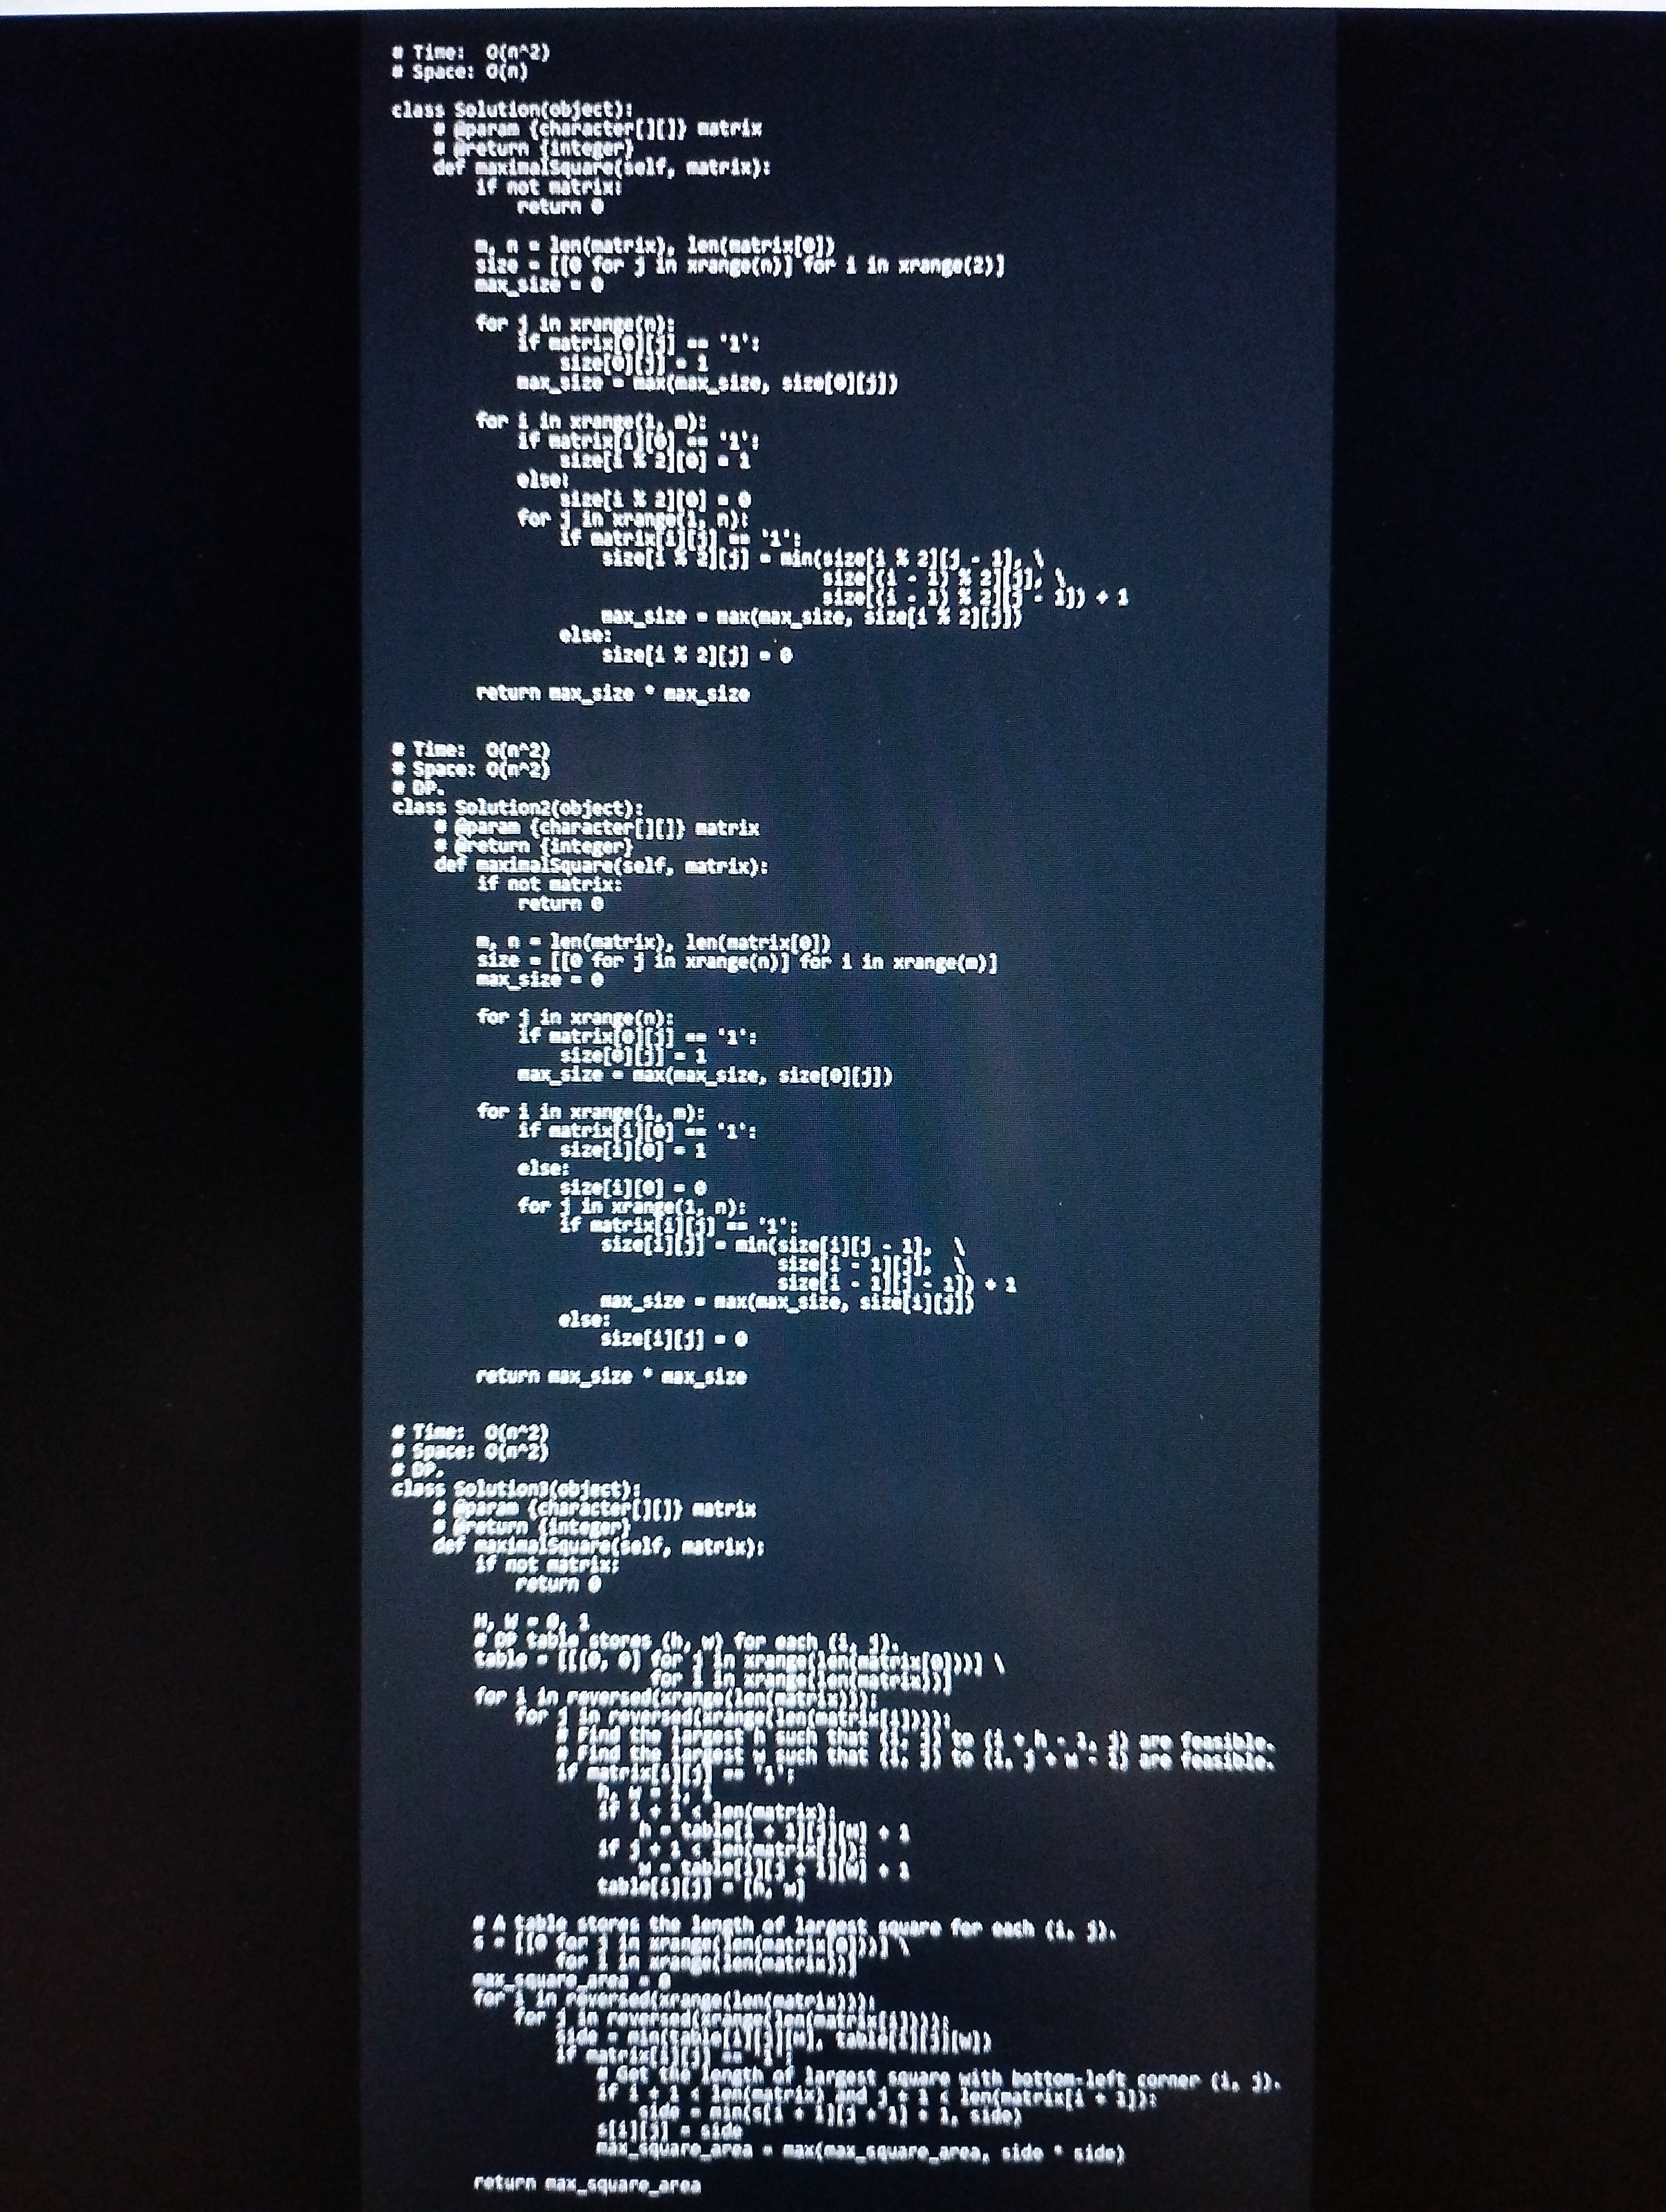
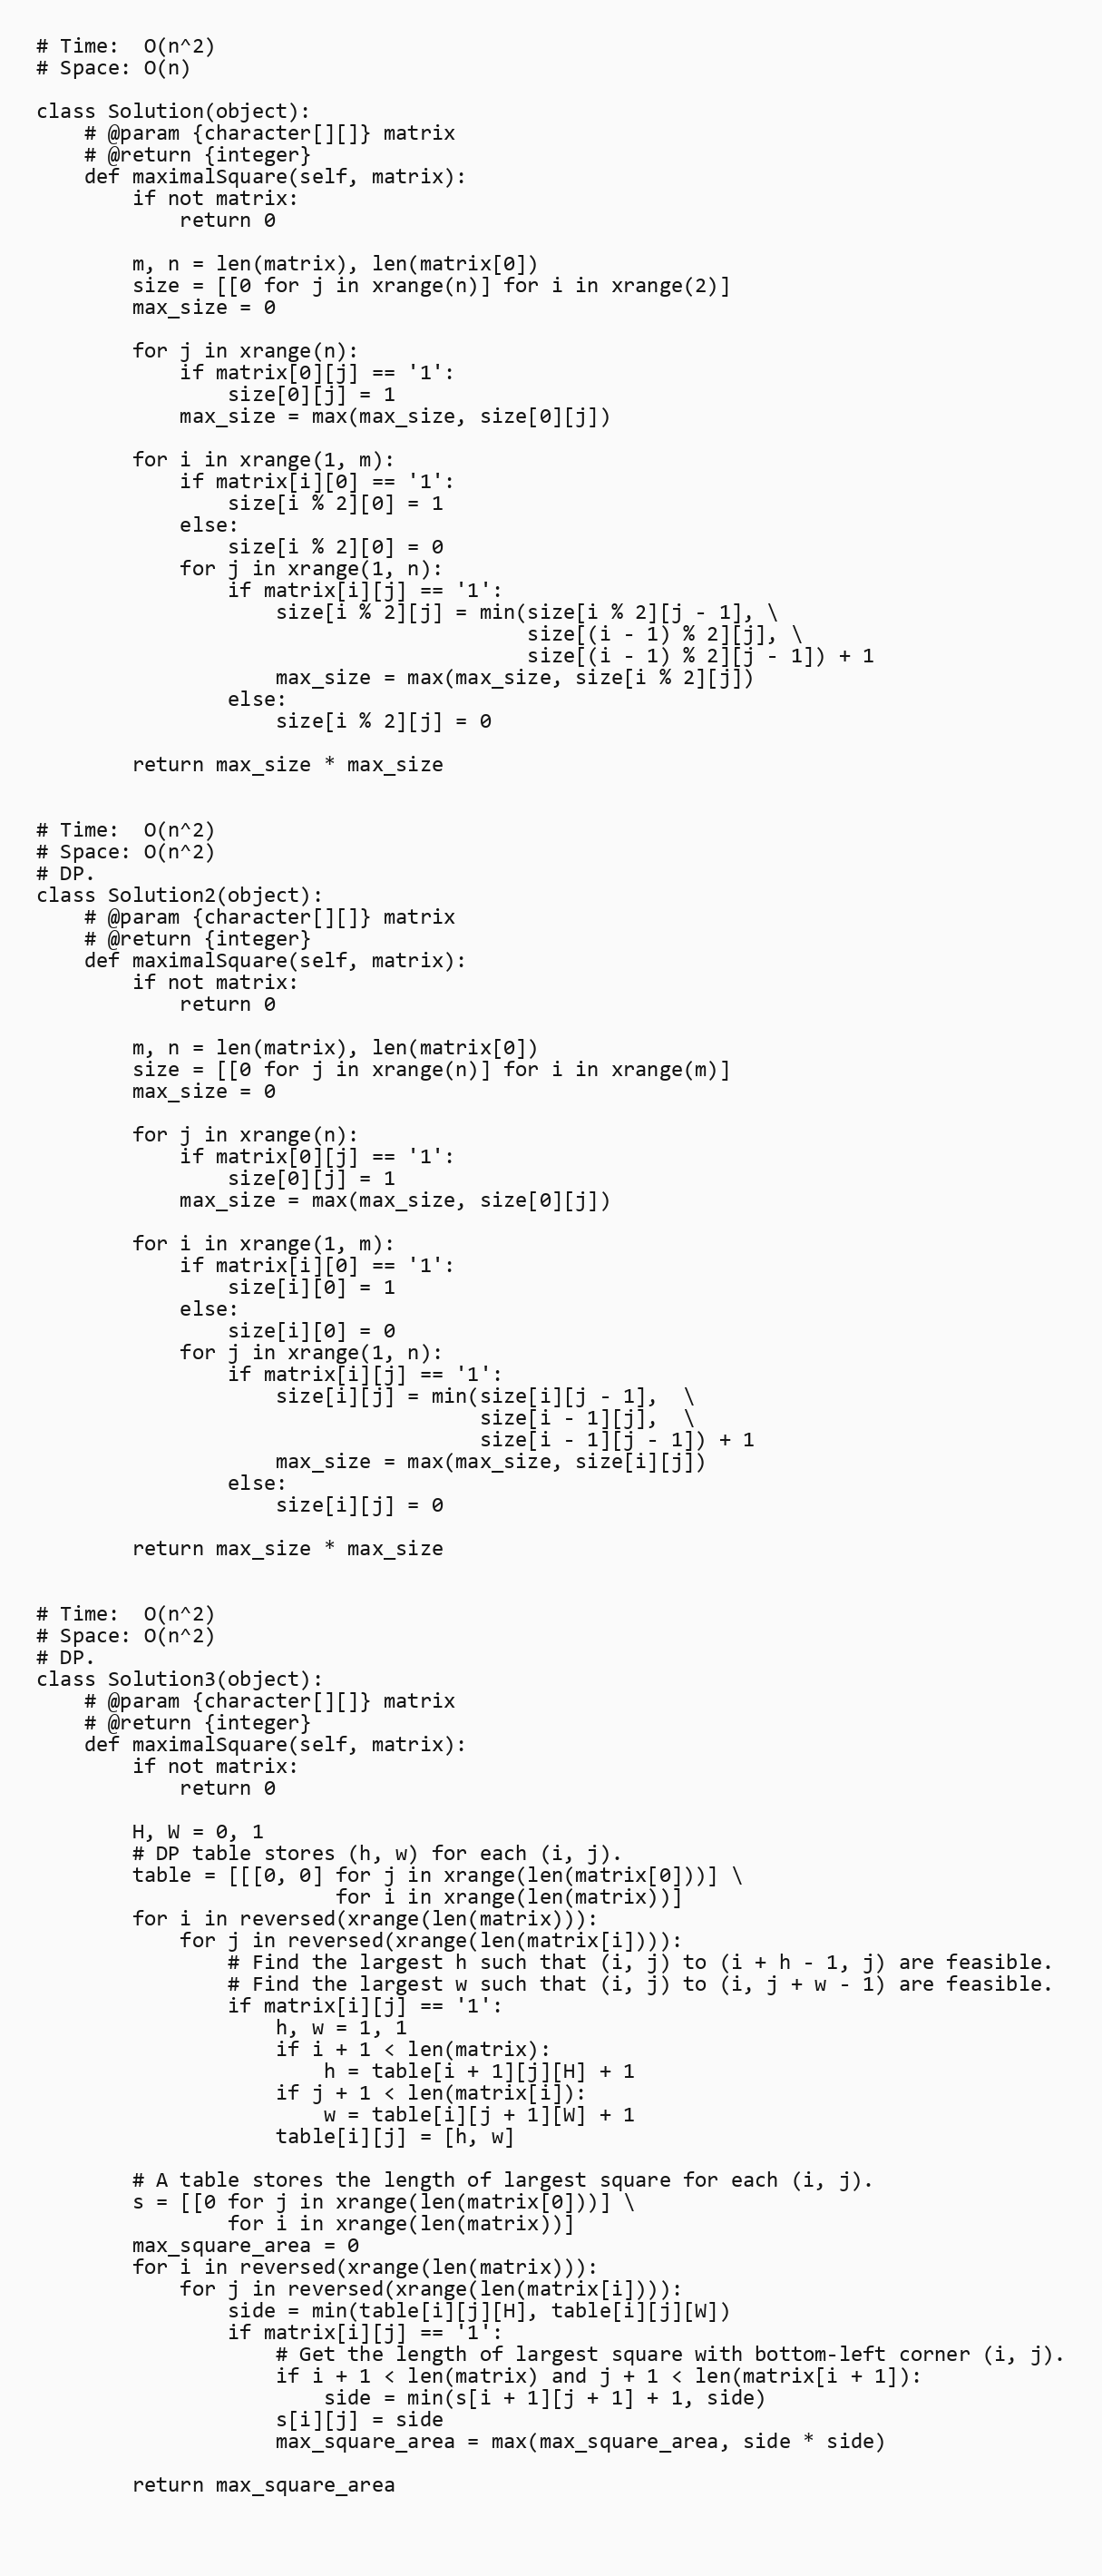
# Time:  O(n^2)
# Space: O(n)

class Solution(object):
    # @param {character[][]} matrix
    # @return {integer}
    def maximalSquare(self, matrix):
        if not matrix:
            return 0

        m, n = len(matrix), len(matrix[0])
        size = [[0 for j in xrange(n)] for i in xrange(2)]
        max_size = 0

        for j in xrange(n):
            if matrix[0][j] == '1':
                size[0][j] = 1
            max_size = max(max_size, size[0][j])

        for i in xrange(1, m):
            if matrix[i][0] == '1':
                size[i % 2][0] = 1
            else:
                size[i % 2][0] = 0
            for j in xrange(1, n):
                if matrix[i][j] == '1':
                    size[i % 2][j] = min(size[i % 2][j - 1], \
                                         size[(i - 1) % 2][j], \
                                         size[(i - 1) % 2][j - 1]) + 1
                    max_size = max(max_size, size[i % 2][j])
                else:
                    size[i % 2][j] = 0

        return max_size * max_size

# Time:  O(n^2)
# Space: O(n^2)
# DP.
class Solution2(object):
    # @param {character[][]} matrix
    # @return {integer}
    def maximalSquare(self, matrix):
        if not matrix:
            return 0

        m, n = len(matrix), len(matrix[0])
        size = [[0 for j in xrange(n)] for i in xrange(m)]
        max_size = 0

        for j in xrange(n):
            if matrix[0][j] == '1':
                size[0][j] = 1
            max_size = max(max_size, size[0][j])

        for i in xrange(1, m):
            if matrix[i][0] == '1':
                size[i][0] = 1
            else:
                size[i][0] = 0
            for j in xrange(1, n):
                if matrix[i][j] == '1':
                    size[i][j] = min(size[i][j - 1],  \
                                     size[i - 1][j],  \
                                     size[i - 1][j - 1]) + 1
                    max_size = max(max_size, size[i][j])
                else:
                    size[i][j] = 0

        return max_size * max_size

# Time:  O(n^2)
# Space: O(n^2)
# DP.
class Solution3(object):
    # @param {character[][]} matrix
    # @return {integer}
    def maximalSquare(self, matrix):
        if not matrix:
            return 0

        H, W = 0, 1
        # DP table stores (h, w) for each (i, j).
        table = [[[0, 0] for j in xrange(len(matrix[0]))] \
                         for i in xrange(len(matrix))]
        for i in reversed(xrange(len(matrix))):
            for j in reversed(xrange(len(matrix[i]))):
                # Find the largest h such that (i, j) to (i + h - 1, j) are feasible.
                # Find the largest w such that (i, j) to (i, j + w - 1) are feasible.
                if matrix[i][j] == '1':
                    h, w = 1, 1
                    if i + 1 < len(matrix):
                        h = table[i + 1][j][H] + 1
                    if j + 1 < len(matrix[i]):
                        w = table[i][j + 1][W] + 1
                    table[i][j] = [h, w]

        # A table stores the length of largest square for each (i, j).
        s = [[0 for j in xrange(len(matrix[0]))] \
                for i in xrange(len(matrix))]
        max_square_area = 0
        for i in reversed(xrange(len(matrix))):
            for j in reversed(xrange(len(matrix[i]))):
                side = min(table[i][j][H], table[i][j][W])
                if matrix[i][j] == '1':
                    # Get the length of largest square with bottom-left corner (i, j).
                    if i + 1 < len(matrix) and j + 1 < len(matrix[i + 1]):
                        side = min(s[i + 1][j + 1] + 1, side)
                    s[i][j] = side
                    max_square_area = max(max_square_area, side * side)

        return max_square_area